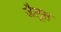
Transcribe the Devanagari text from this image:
जैलूस